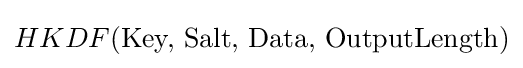
HKDF({\text{Key, Salt, Data, OutputLength}})